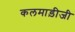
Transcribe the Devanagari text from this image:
कलमाड़ीजी